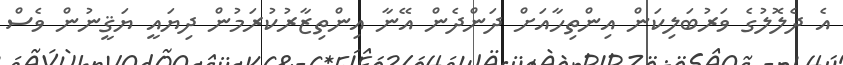
އެ ދެލޮލުގެ ވަރުބަލިކަން އިންތިހާއަށް ދަންދެން އޭނާ އިންތިޒާރުކުރަމުން ދިޔައީ ޔަޤީނުން ވެސް